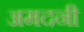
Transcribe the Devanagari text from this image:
अमदनी